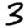
Digit: 3